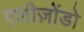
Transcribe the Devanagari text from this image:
एलीज़ोंडो